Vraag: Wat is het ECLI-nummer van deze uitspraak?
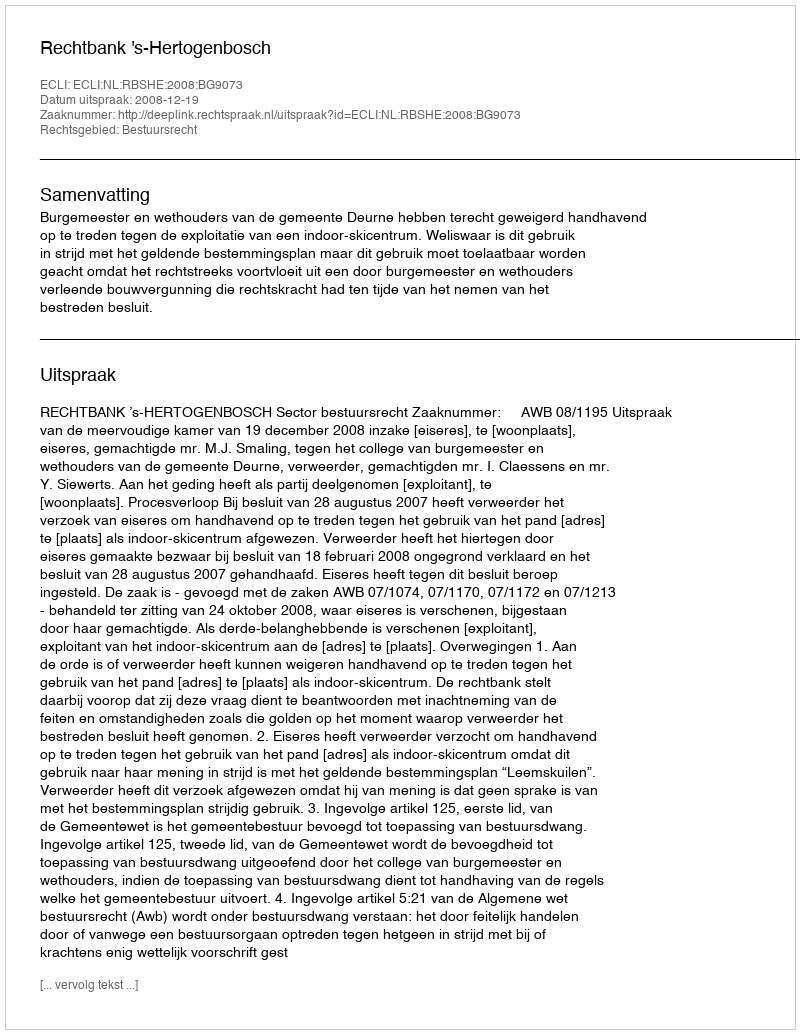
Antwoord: ECLI:NL:RBSHE:2008:BG9073